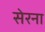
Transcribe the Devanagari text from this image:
सेरना